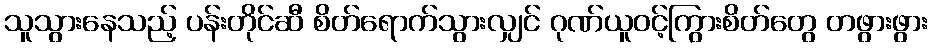
သူသွားနေသည့် ပန်းတိုင်ဆီ စိတ်ရောက်သွားလျှင် ဂုဏ်ယူဝင့်ကြွားစိတ်တွေ တဖွားဖွား